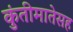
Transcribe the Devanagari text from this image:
कुंतीमातेसह